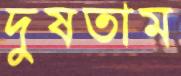
দুষতাম